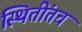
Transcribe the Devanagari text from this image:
स्थितींतच